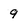
Character: 9